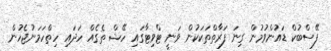
ފޭސްބުކް ޑައުންވުމުން ގިނަ ފަރާތްތަކަކުން ވަނީ ޓްވިޓާގައި ހޭޝް ތެގެއް ހަދައި ހިތްހަމަނުޖެހުން